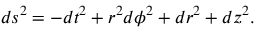
d s ^ { 2 } = - d t ^ { 2 } + r ^ { 2 } d \phi ^ { 2 } + d r ^ { 2 } + d z ^ { 2 } .